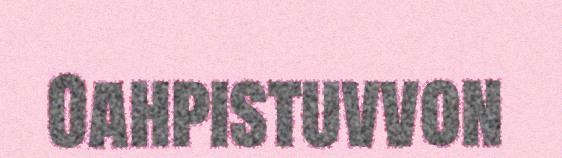
Oahpistuvvon